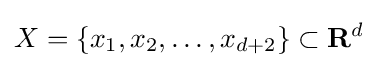
X=\{x_{1},x_{2},\dots ,x_{d+2}\}\subset \mathbf {R} ^{d}